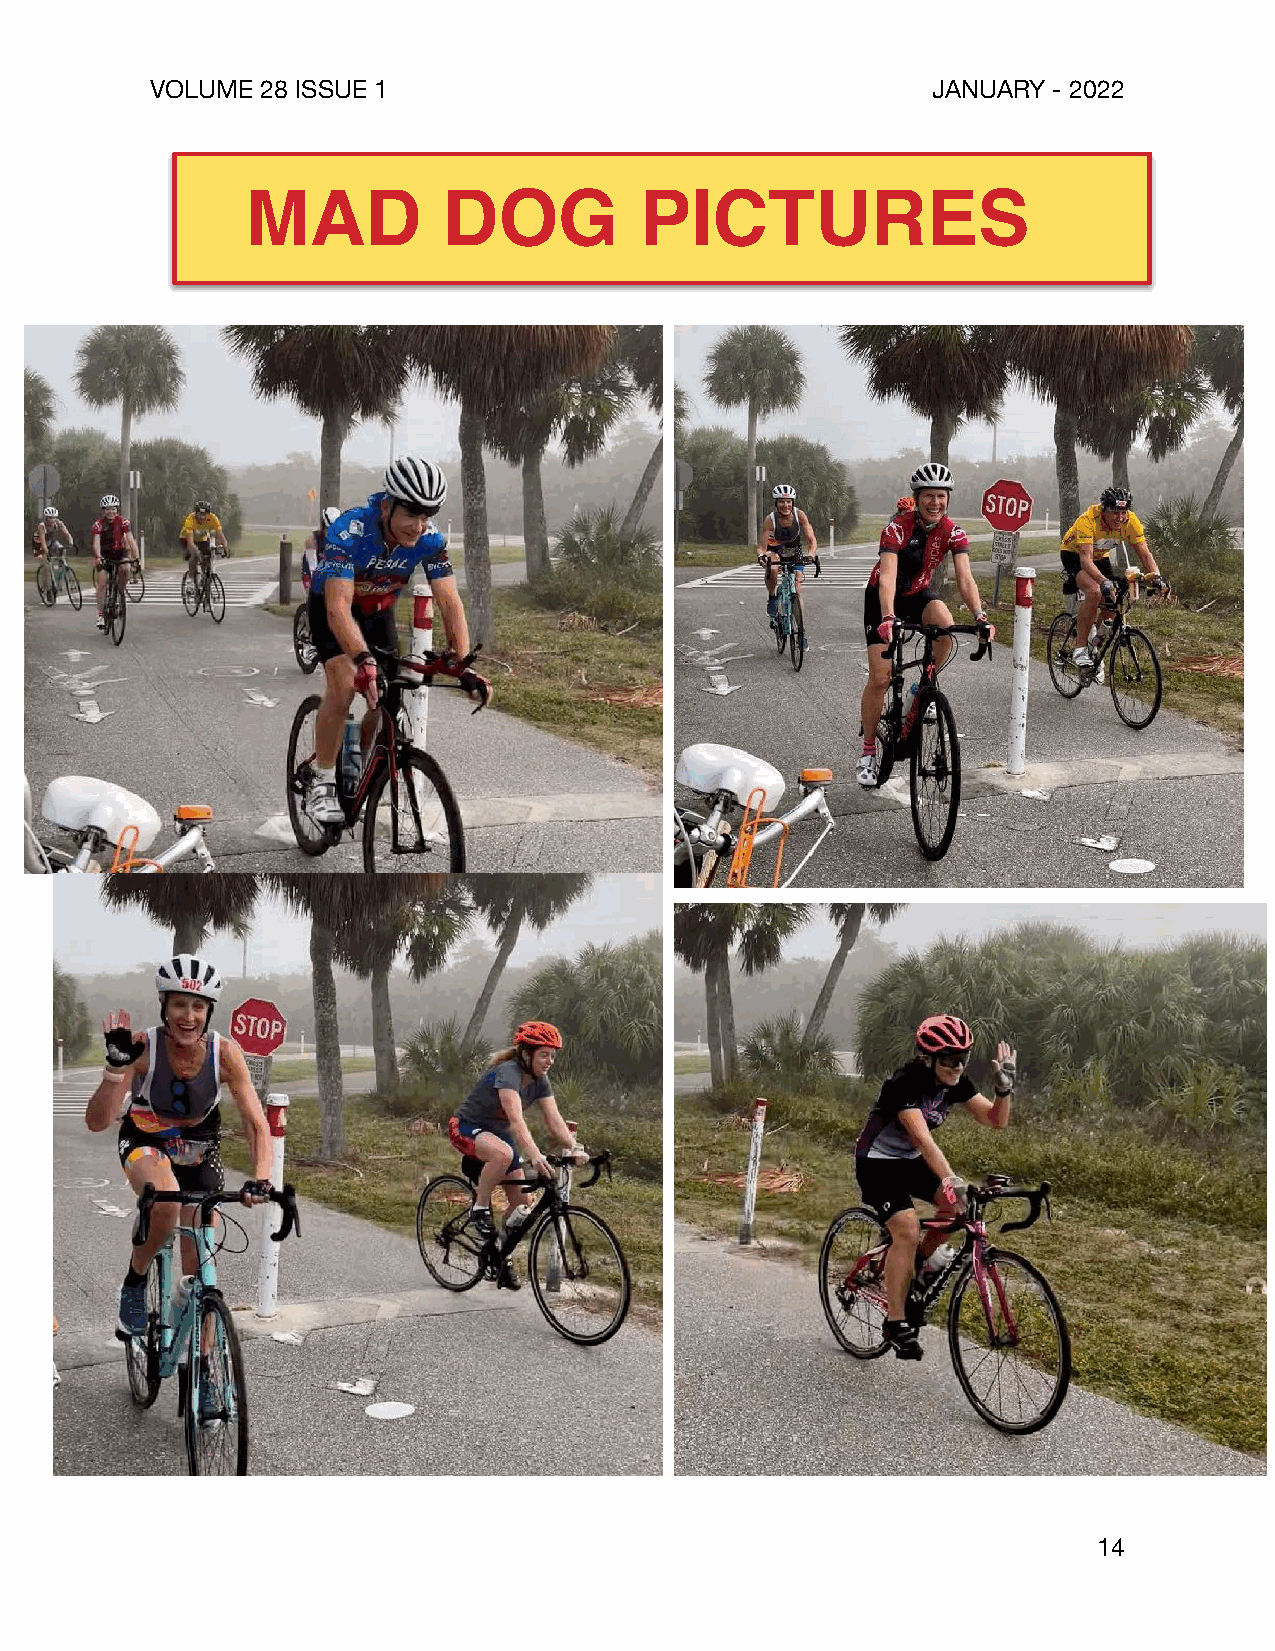
VOLUME 28 ISSUE 1                                   JANUARY - 2022
 MAD          DOG          PICTURES
 14